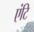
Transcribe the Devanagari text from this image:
एंटि